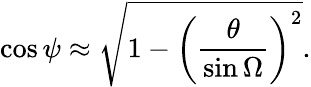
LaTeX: \cos\psi\approx{\sqrt{1-\left({\frac{\theta}{\sin\Omega}}\right)^{2}}}.